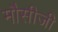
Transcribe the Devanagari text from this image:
मौसीजी